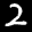
Label: 2